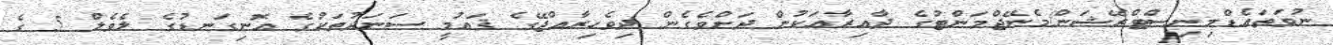
ނުވަތައެޑްމިނިސްޓްރޭޝަން/މެނޭޖްމަންޓުގެ ދާއިރާއަކުން ދަށްވެގެން ދިވެހިރާއްޖޭގެ ޤައުމީ ސަނަދުތަކުގެ އޮނިގަނޑުގެ ލެވެލް 5 ގެ